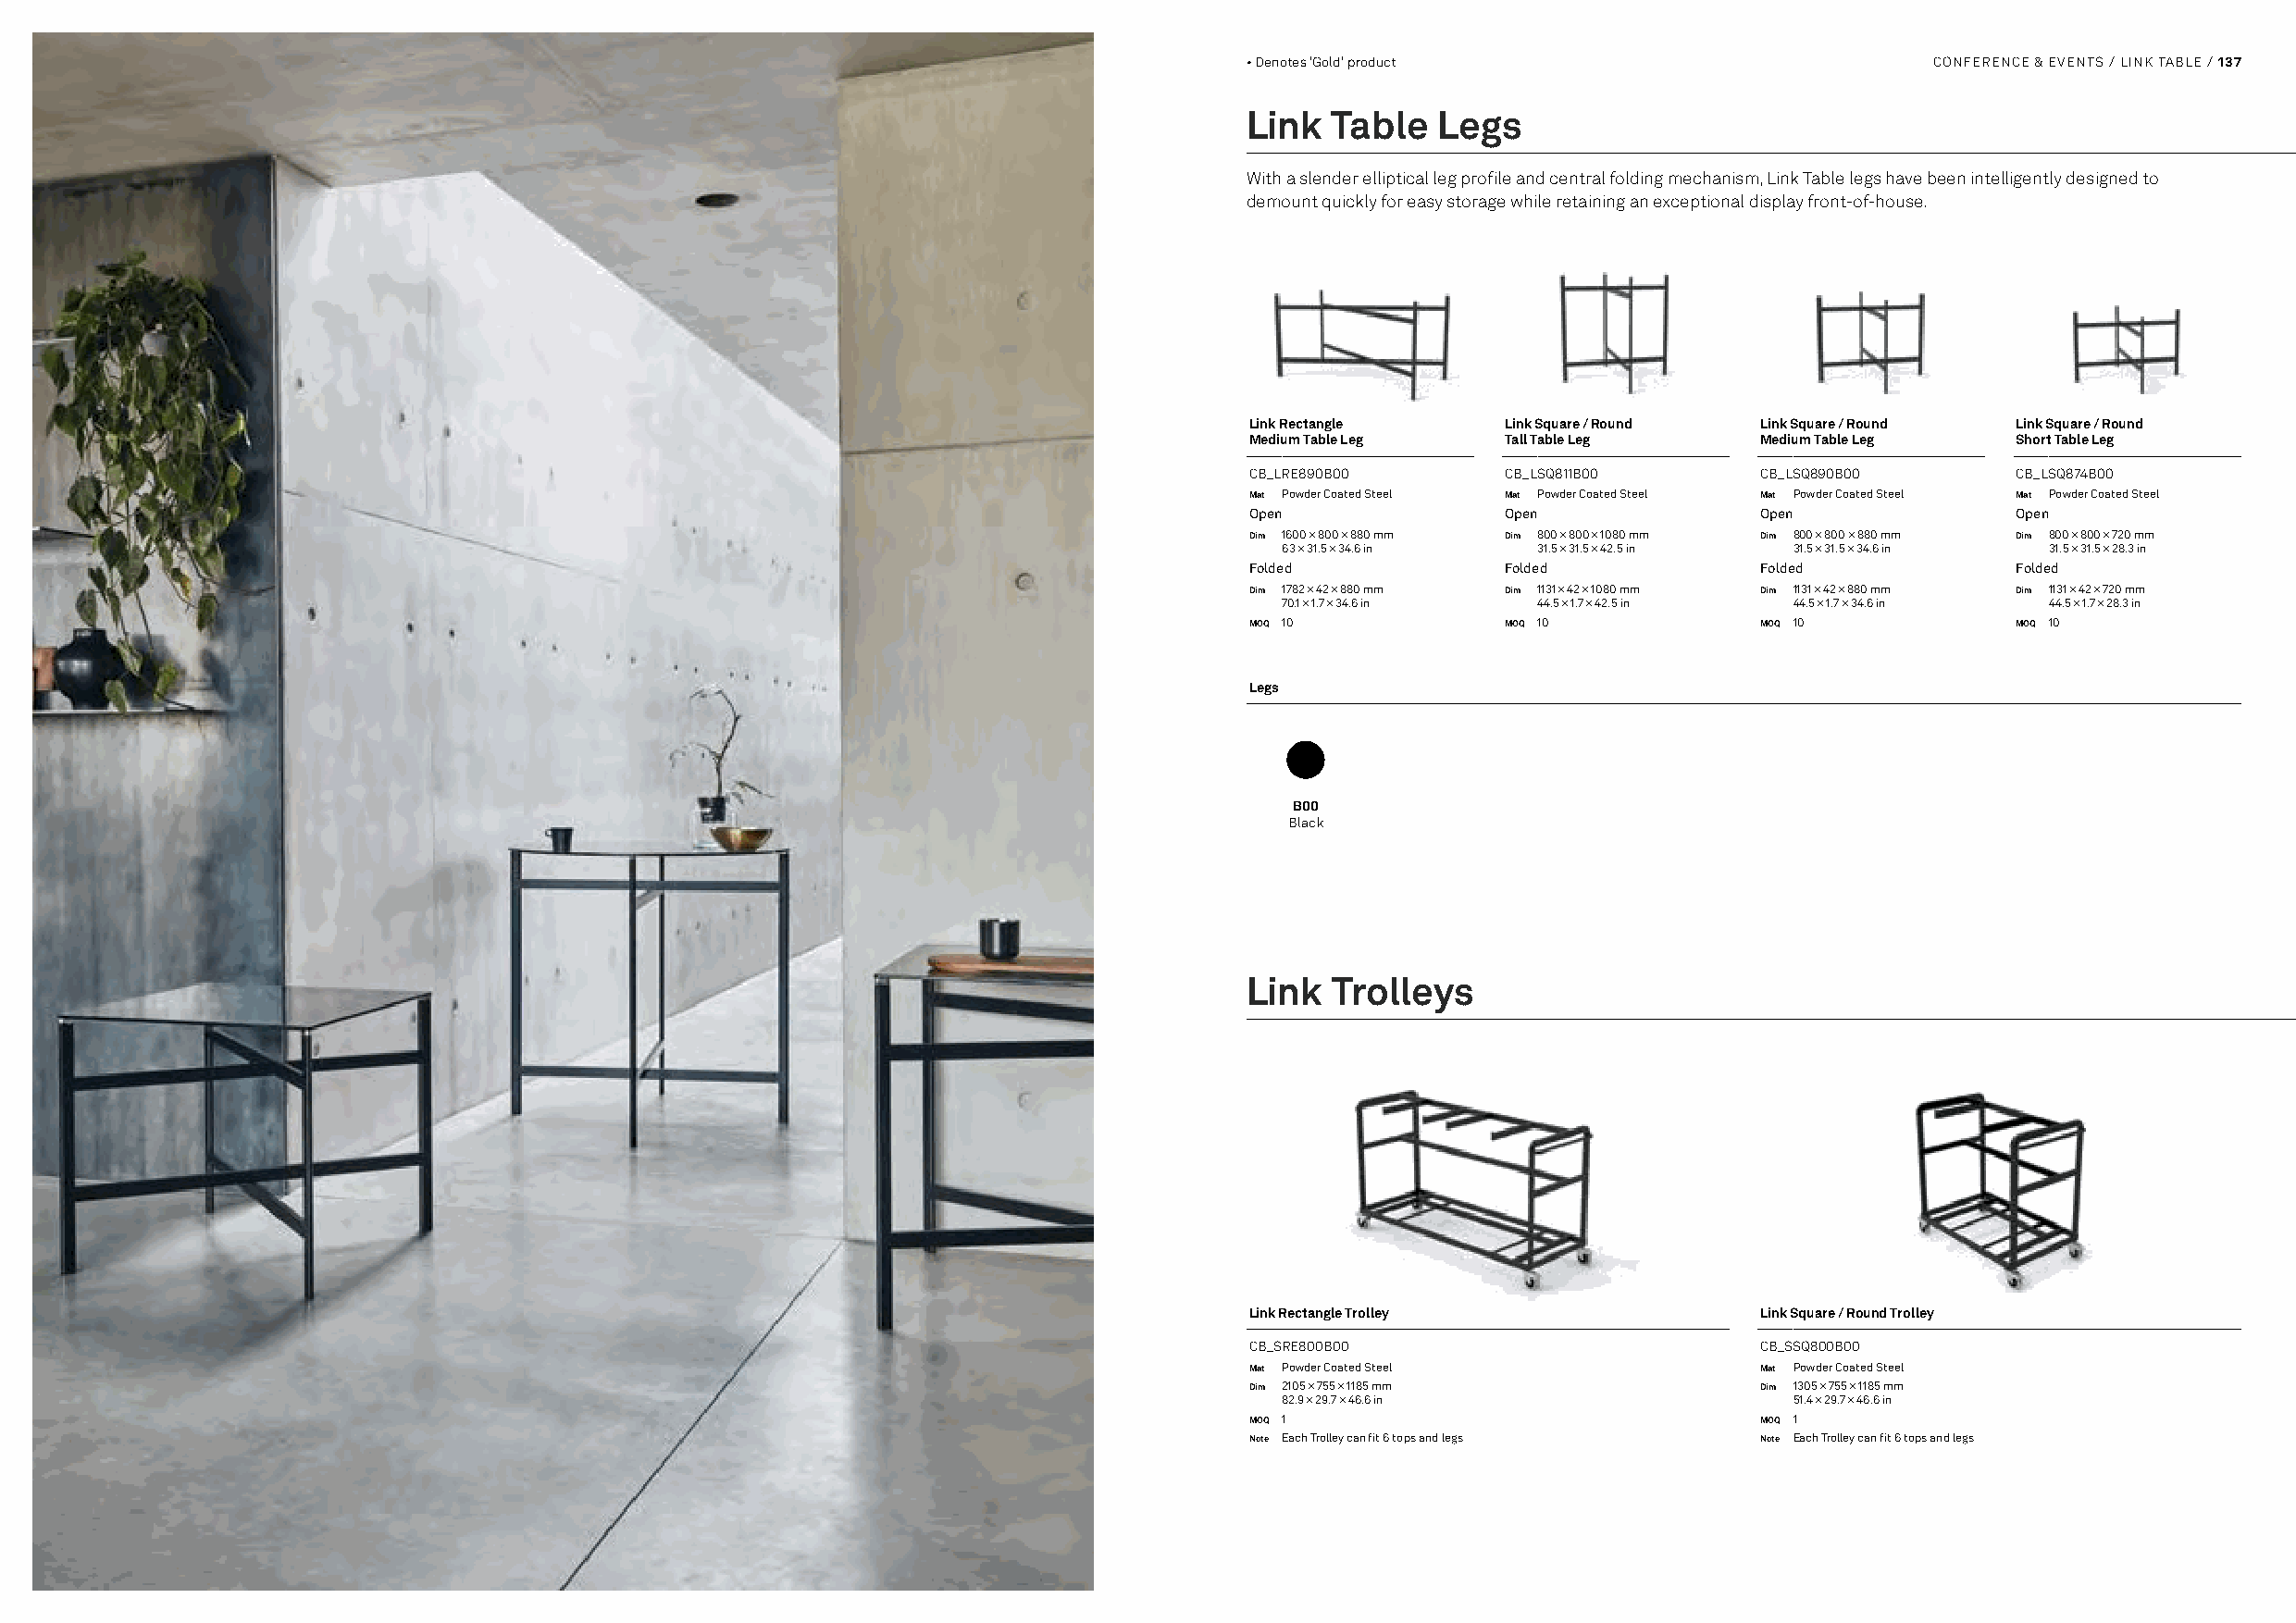
• Denotes 'Gold' product                         CONFERENCE & EVENTS / LINK TABLE / 137
 Link  Table   Legs
 With a slender elliptical leg profile and central folding mechanism, Link Table legs have been intelligently designed to
 demount quickly for easy storage while retaining an exceptional display front-of-house.
 Link Rectangle     Link Square / Round Link Square / Round Link Square / Round
 Medium Table Leg   Tall Table Leg    Medium Table Leg  Short Table Leg
 CB_LRE890B00       CB_LSQ811B00      CB_LSQ890B00      CB_LSQ874B00
 Mat Powder Coated Steel Mat Powder Coated Steel Mat Powder Coated Steel Mat Powder Coated Steel
 Open               Open              Open              Open
 Dim 1600 × 800 × 880 mm Dim 800 × 800 × 1080 mm Dim 800 × 800 × 880 mm Dim 800 × 800 × 720 mm
 63 × 31.5 × 34.6 in 31.5 × 31.5 × 42.5 in 31.5 × 31.5 × 34.6 in 31.5 × 31.5 × 28.3 in
 Folded             Folded            Folded            Folded
 Dim 1782 × 42 × 880 mm Dim 1131 × 42 × 1080 mm Dim 1131 × 42 × 880 mm Dim 1131 × 42 × 720 mm
 70.1 × 1.7 × 34.6 in 44.5 × 1.7 × 42.5 in 44.5 × 1.7 × 34.6 in 44.5 × 1.7 × 28.3 in
 MOQ 10             MOQ 10            MOQ 10            MOQ 10
 Legs
 B00
 Black
 Link  Trolleys
 Link Rectangle Trolley               Link Square / Round Trolley
 CB_SRE800B00                         CB_SSQ800B00
 Mat Powder Coated Steel              Mat Powder Coated Steel
 Dim 2105 × 755 × 1185 mm             Dim 1305 × 755 × 1185 mm
 82.9 × 29.7 × 46.6 in               51.4 × 29.7 × 46.6 in
 MOQ 1                                MOQ 1
 Note Each Trolley can fit 6 tops and legs Note Each Trolley can fit 6 tops and legs